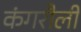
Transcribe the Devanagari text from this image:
कंगरौली